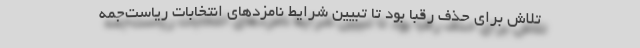
تلاش برای حذف رقبا بود تا تبیین شرایط نامزدهای انتخابات ریاست‌جمه